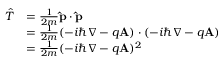
{ \begin{array} { r l } { { \hat { T } } } & { = { \frac { 1 } { 2 m } } \mathbf { \hat { p } } \cdot \mathbf { \hat { p } } } \\ & { = { \frac { 1 } { 2 m } } ( - i \hbar \nabla - q \mathbf { A } ) \cdot ( - i \hbar \nabla - q \mathbf { A } ) } \\ & { = { \frac { 1 } { 2 m } } ( - i \hbar \nabla - q \mathbf { A } ) ^ { 2 } } \end{array} } \,